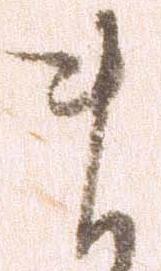
ま